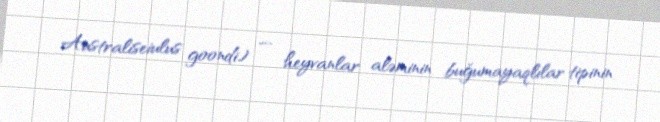
Australiseiulus goondi) — heyvanlar aləminin buğumayaqlılar tipinin